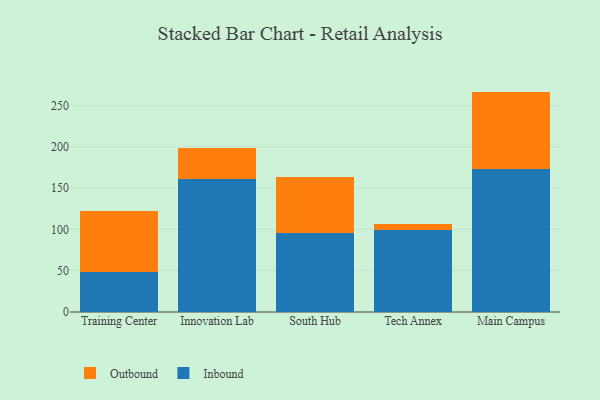
{"axis": {"x": "Campus", "y": "Bounce Rate (%)"}, "legend": ["Inbound", "Outbound"], "data": [{"x": "Training Center", "y": 48.3, "type": "Inbound"}, {"x": "Training Center", "y": 74.5, "type": "Outbound"}, {"x": "Innovation Lab", "y": 160.5, "type": "Inbound"}, {"x": "Innovation Lab", "y": 37.9, "type": "Outbound"}, {"x": "South Hub", "y": 95.2, "type": "Inbound"}, {"x": "South Hub", "y": 68.1, "type": "Outbound"}, {"x": "Tech Annex", "y": 98.8, "type": "Inbound"}, {"x": "Tech Annex", "y": 7.3, "type": "Outbound"}, {"x": "Main Campus", "y": 172.6, "type": "Inbound"}, {"x": "Main Campus", "y": 94.1, "type": "Outbound"}]}